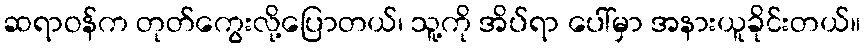
ဆရာဝန်က တုတ်ကွေးလို့ပြောတယ်၊ သူ့ကို အိပ်ရာ ပေါ်မှာ အနားယူခိုင်းတယ်။